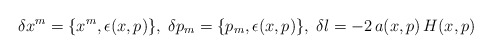
\begin{align*} \delta{x^m}=\{x^m, \epsilon(x,p)\}, \; \delta{p_m}=\{p_m, \epsilon(x,p)\}, \;\delta \l = -2\,a(x,p)\, H(x,p)\end{align*}